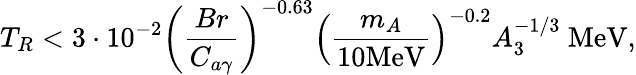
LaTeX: T_{R}<3\cdot 10^{-2}\left(\frac{Br}{C_{a\gamma}}\right)^{-0.63}\left(\frac{m_{A}}{10\mathrm{MeV}}\right)^{-0.2}A_{3}^{-1/3}\mathrm{~MeV},